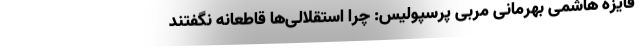
فایزه هاشمی بهرمانی مربی پرسپولیس: چرا استقلالی‌ها قاطعانه نگفتند